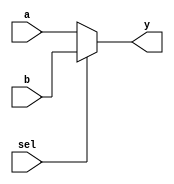
`timescale 1ns / 1ns
//////////////////////////////////////////////////////////////////////////////////
// Company: 
// Engineer: 
// 
// Design Name: 
// Module Name:    mux2 
// Project Name: 
// Target Devices: 
// Tool versions: 
// Description: 
//
// Dependencies: 
//
// Revision: 
// Revision 0.01 - File Created
// Additional Comments: 
//
//////////////////////////////////////////////////////////////////////////////////
module mux2(sel, a, b, y);
	parameter bitwidth = 32;  // bitwidth default: 32-bit
	input sel;
	input  [bitwidth-1:0] a, b;
	output [bitwidth-1:0] y;
	
	assign y = sel ? b : a;
	
endmodule

/*  Instantiations:

mux2 #(16) my16bit_mux(s, a, b, c);
mux2 myDefault32bit_mux(s, j, k, l);

*/